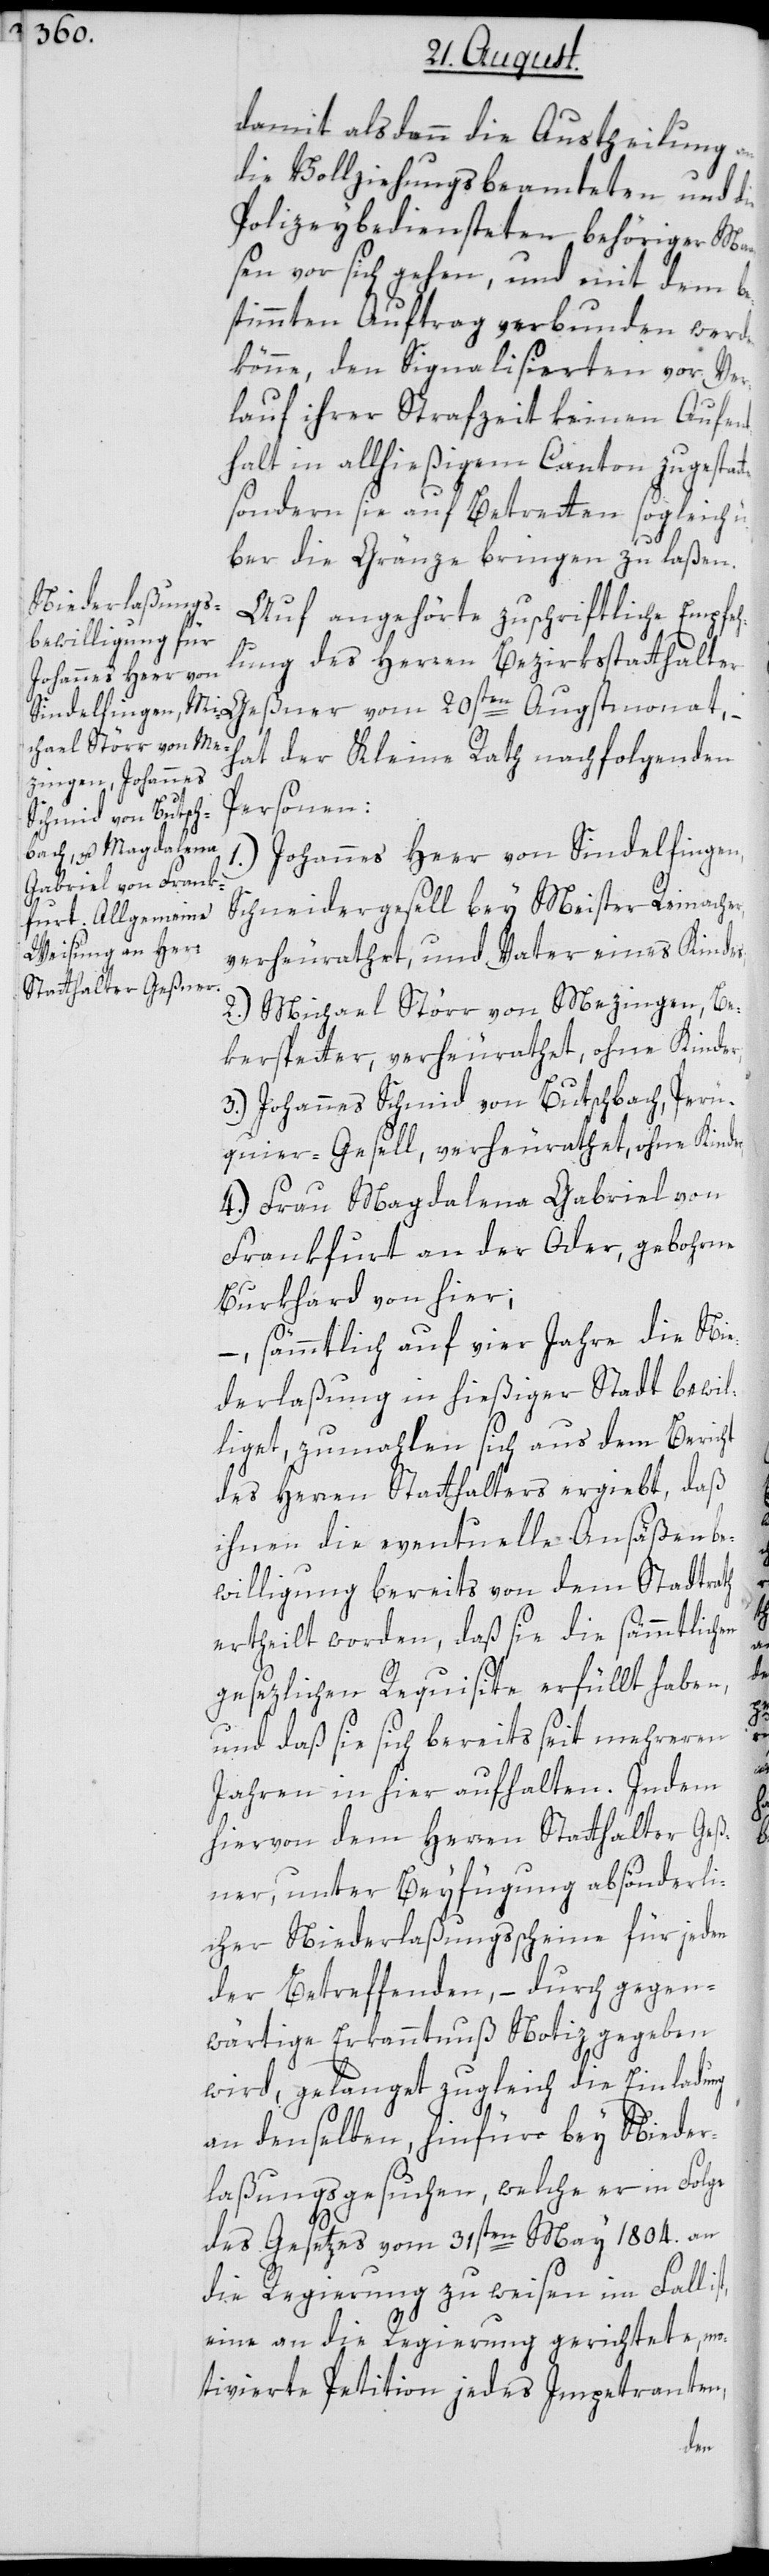
damit alsdann die Austheilung an
die Vollziehungsbeamteten und die
Polizeybediensteten behöriger Maa¬
ßen vor sich gehen, und mit dem be¬
stimmten Auftrag verbunden werden
könne, den Signalisierten vor Ver¬
lauf ihrer Strafzeit keinen Aufen¬
thalt in allhießigem Canton zu gestat¬
sondern sie auf Betretten sogleich ü¬
ber die Gränze bringen zu laßen.
Auf angehörte zuschriftliche Empfeh¬
lung des Herren Bezirksstatthalter
Geßner vom 20sten Augstmonat, –
hat der Kleine Rath nachfolgenden
Personen:
1.) Johannes Heer von Sindelfingen,
Schneidergesell bey Meister Reinacher,
verheurathet, und Vater eines Kindes;
2.) Michael Störr von Mezingen, Be¬
kerspetter, verheurathet, ohne Kinder;
3.) Johannes Schmid von Butschbach, Perü¬
quier-Gesell, verheurathet, ohne Kinde¬
4.) Frau Magdalena Gabriel von
Frankfurt an der Oder, gebohrne
Burkhard von hier;
– sämmtlich auf vier Jahre die Nie¬
derlaßung in hießiger Stadt bewil¬
liget, zumahlen sich aus dem Bericht
des Herren Statthalters ergiebt, daß
ihnen die eventuelle Ansäßenbe¬
willigung bereits von dem Stadtrath
ertheilt worden, daß sie die sämmtlichen
gesezlichen Requisite erfüllt haben,
und daß sie sich bereits seit mehreren
Jahren in hier aufhalten. Indem
hiervon dem Herren Statthalter Geß¬
ner, unter Beyfügung absönderli¬
cher Niederlaßungsscheine für jeden
der Betreffenden, – durch gegen¬
wärtige Erkanntnuß Notiz gegeben
wird, gelanget zugleich die Einladung
an denselben, hinfüro bey Nieder¬
laßungsgesuchen, welche er in Folge
des Gesetzes vom 31sten May 1804. an
die Regierung zu weisen im Fall
eine an die Regierung gerichtete, mo¬
tivierte Petition jedes Impetranten,
ten,

r;